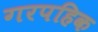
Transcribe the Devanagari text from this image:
गरपहिक